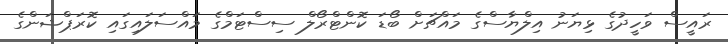
ރައީސް ވަހީދުގެ ޅިޔަނު އިލްޔާސްގެ މައްޗަށް ބޯޑަ ކޮންޓްރޯލް ސިސްޓަމްގެ މައްސަލައިގައި ކޮރަޕްޝަންގެ